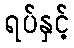
ရပ်နှင့်